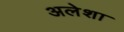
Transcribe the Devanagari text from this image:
अलेशा